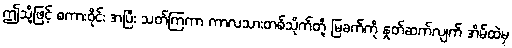
ဤသို့ဖြင့် စကားဝိုင်း အပြီး သတ်ကြကာ ကာလသားတစ်သိုက်တို့ မြခက်ကို နှုတ်ဆက်လျက် အိမ်ထဲမှ